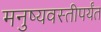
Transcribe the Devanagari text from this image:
मनुष्यवस्तीपर्यंत